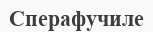
Сперафучиле